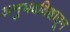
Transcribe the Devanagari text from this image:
अनुभवविश्वातून